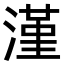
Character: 漌